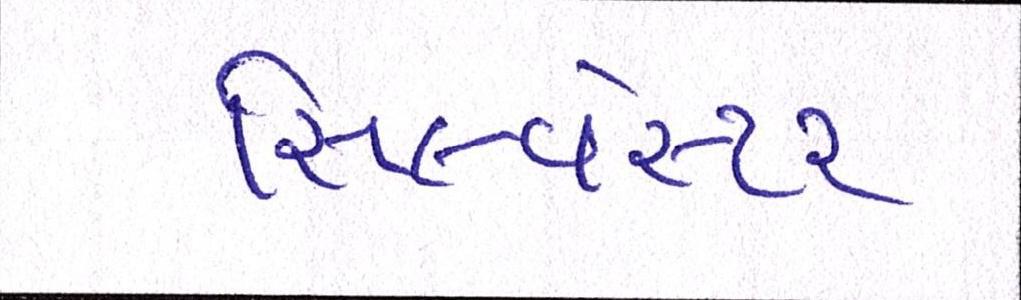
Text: સિલ્વેસ્ટર